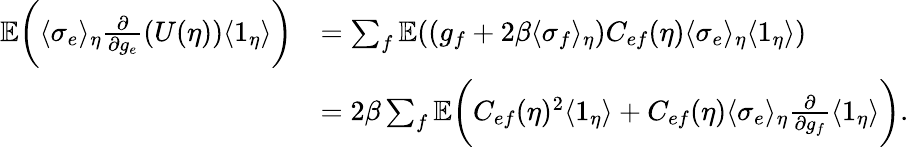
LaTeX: \begin{array}{rl}{\mathbb{E}\biggl(\langle\sigma_{e}\rangle_{\eta}\frac{\partial}{\partial g_{e}}(U(\eta))\langle 1_{\eta}\rangle\biggr)}&{=\sum_{f}\mathbb{E}((g_{f}+2\beta\langle\sigma_{f}\rangle_{\eta})C_{ef}(\eta)\langle\sigma_{e}\rangle_{\eta}\langle 1_{\eta}\rangle)}\\ &{=2\beta\sum_{f}\mathbb{E}\biggl(C_{ef}(\eta)^{2}\langle 1_{\eta}\rangle+C_{ef}(\eta)\langle\sigma_{e}\rangle_{\eta}\frac{\partial}{\partial g_{f}}\langle 1_{\eta}\rangle\biggr).}\end{array}